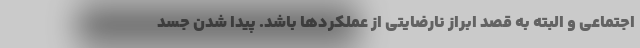
اجتماعی و البته به قصد ابراز نارضایتی از عملکردها باشد. پیدا شدن جسد